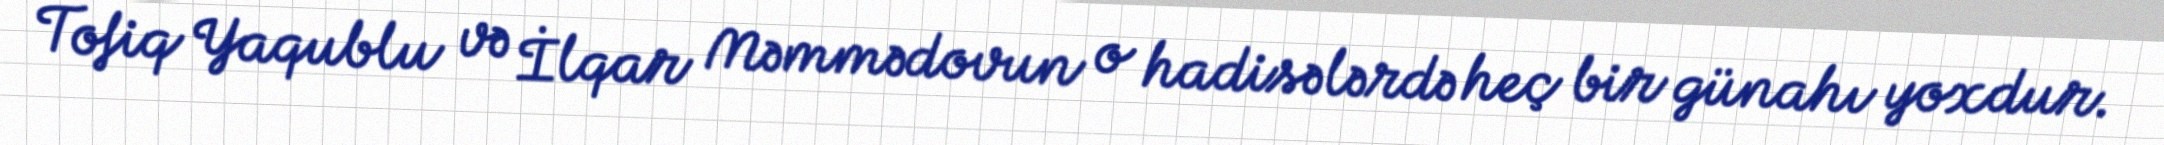
Tofiq Yaqublu və İlqar Məmmədovun o hadisələrdə heç bir günahı yoxdur.